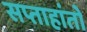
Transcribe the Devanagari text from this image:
सप्ताहांतो